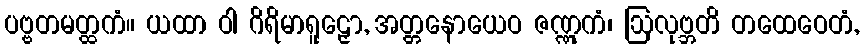
ပဗ္ဗတမတ္ထကံ။ ယထာ ဝါ ဂိရိမာရူဠှော, အတ္တနောယေဝ ဇဏ္ဏုကံ၊ ဩလုဗ္ဘတိ တထေဝေတံ,